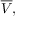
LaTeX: { \overline { { V } } } ,